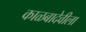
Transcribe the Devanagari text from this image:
काळबादेवीला